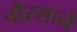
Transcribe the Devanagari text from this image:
चौरसाने